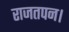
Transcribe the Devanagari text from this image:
राजतपन।